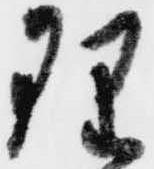
理